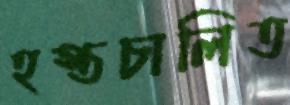
হস্তচালিত